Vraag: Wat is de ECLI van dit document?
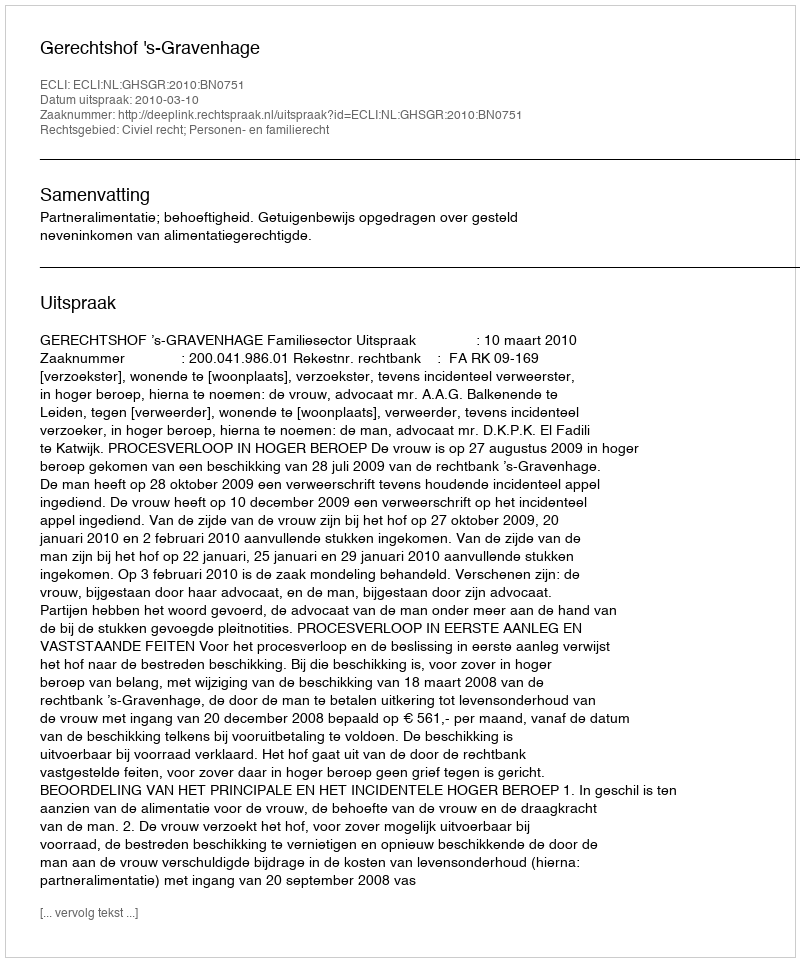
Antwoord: ECLI:NL:GHSGR:2010:BN0751